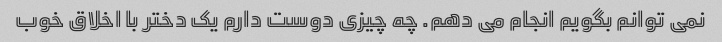
نمی توانم بگویم انجام می دهم. چه چیزی دوست دارم یک دختر با اخلاق خوب